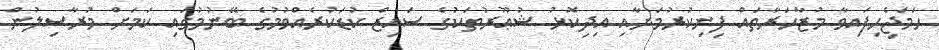
ހަމަޖެިހިފައިވާ މުޒާހަރާތައް ފިނިކުރުމަށާއި އިދިކޮޅު ޝުޢޫރުތަކުގެ ސައިޒް ކުޑަކުރެއްވުމުގެ ބޭނުމުގައި ކަމަށް މުރާސިލުން